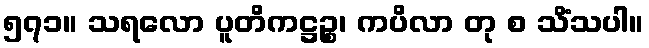
၅၇၁။ သရလော ပူတိကဋ္ဌဉ္စ၊ ကပိလာ တု စ သိံသပါ။